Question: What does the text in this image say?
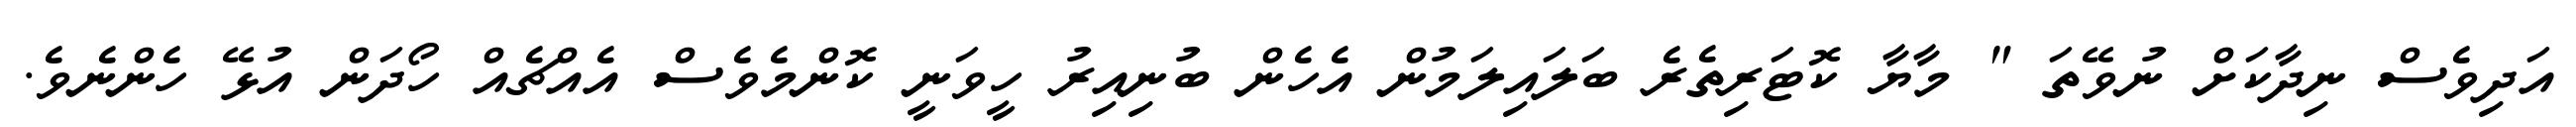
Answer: އަދިވެސް ނިދާކަށް ނުވޭތަ " މާޔާ ކޮޓަރިތެރެ ބަލައިލަމުން އެހެން ބުނިއިރު ހީވަނީ ކޮންމެވެސް އެއްޗެއް ހޯދަން އުޅޭ ހެންނެވެ.